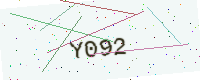
Text: Y092